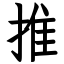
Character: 推